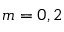
m = 0 , 2